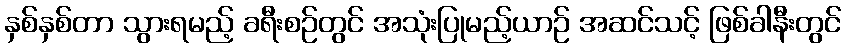
နှစ်နှစ်တာ သွားရမည့် ခရီးစဉ်တွင် အသုံးပြုမည့်ယာဉ် အဆင်သင့် ဖြစ်ခါနီးတွင်